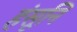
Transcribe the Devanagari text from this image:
हंसूनि